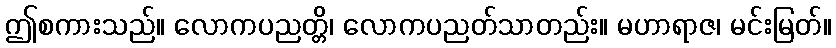
ဤစကားသည်။ လောကပညတ္တိ၊ လောကပညတ်သာတည်း။ မဟာရာဇ၊ မင်းမြတ်။